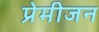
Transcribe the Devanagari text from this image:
प्रेमीजन